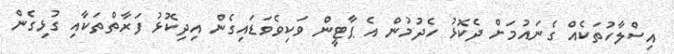
އިސްލާހުތަކެއް ގެނައުމަށް ދެކޮޅު ހެދުމުން އެ ޕާޓީން ވަކިވެވަޑައިގެން އިދިކޮޅު ފަރާތްތަކާއި ގުޅިގެން